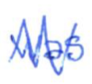
Text: was
Cross-out: zig-zag
Writing tool: ballpoint